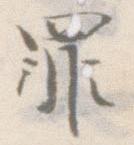
罪